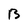
Character: B